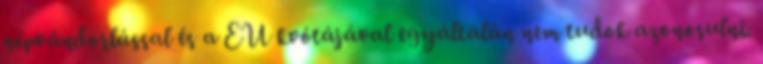
népvándorlással és a EU kvótájával egyáltalán nem tudok azonosulni.